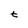
Character: t